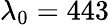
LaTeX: \lambda_{0}=443